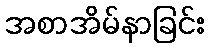
အစာအိမ်နာခြင်း